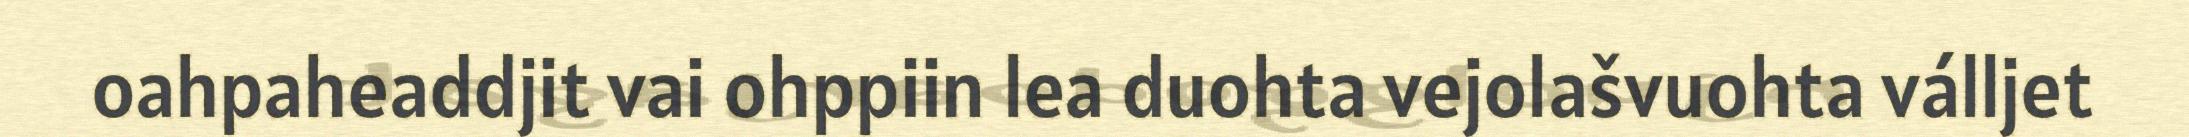
oahpaheaddjit vai ohppiin lea duohta vejolašvuohta válljet